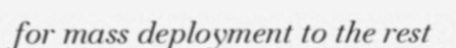
for mass deployment to the rest